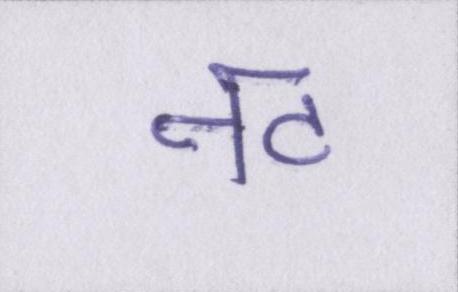
नट